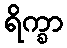
ရိက္ခာ